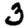
Digit: 3